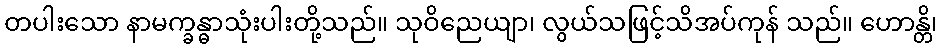
တပါးသော နာမက္ခန္ဓာသုံးပါးတို့သည်။ သုဝိညေယျာ၊ လွယ်သဖြင့်သိအပ်ကုန် သည်။ ဟောန္တိ၊